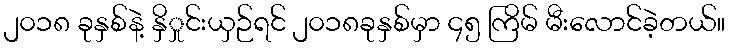
၂၀၁၈ ခုနှစ်နဲ့ နှိှုင်းယှဉ်ရင် ၂၀၁၈ခုနှစ်မှာ ၄၅ ကြိမ် မီးလောင်ခဲ့တယ်။